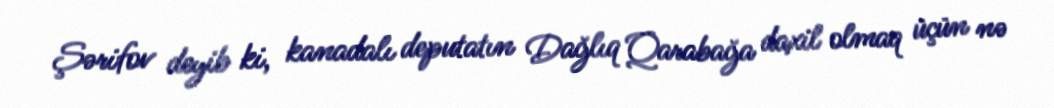
Şərifov deyib ki, kanadalı deputatın Dağlıq Qarabağa daxil olmaq üçün nə